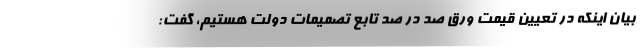
بیان اینکه در تعیین قیمت ورق صد در صد تابع تصمیمات دولت هستیم، گفت: